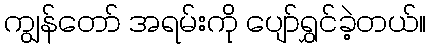
ကျွန်တော် အရမ်းကို ပျော်ရွှင်ခဲ့တယ်။